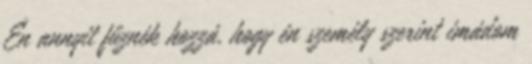
Én annyit fűznék hozzá, hogy én személy szerint imádom